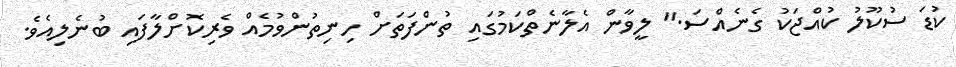
ކުޑަ ސުކޫލު ކުއްޖަކު ގެނެއްސަ." ލީވާން އެލާނެތްކަމުގައި ތުންފަތަށް ހިނިތުންވުމެއް ވެރިކޮށްލާފައި ބުނެލިއެވެ.